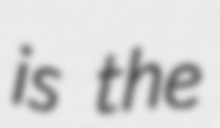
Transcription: is the